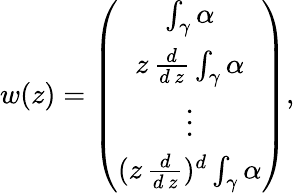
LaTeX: w(z)=\left(\begin{array}{c}{{\int_{\gamma}\alpha}}\\ {{z\, \frac{d}{d\, z}\int_{\gamma}\alpha}}\\ {{\vdots}}\\ {{(z\, \frac{d}{d\, z})^{d}\int_{\gamma}\alpha}}\end{array}\right),